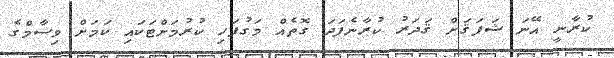
ކުރާނީ އޭނަ ޝަފަޤަށް ޤަދަރު ކުރާނެފަދަ ގޮތެއް މަގުފަހި ކުރުމަށްޓަކައި ކަމަށް ވިސާމްގެ